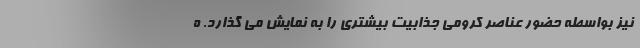
نیز بواسطه حضور عناصر کرومی جذابیت بیشتری را به نمایش می گذارد. ه